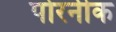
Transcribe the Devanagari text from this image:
पोरनीक